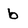
Character: b